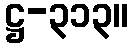
ဋ္ဌ-၃၁၃။